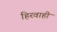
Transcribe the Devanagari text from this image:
हिरवाही